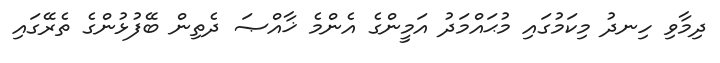
ދިމާވި ހިނދު މިކަމުގައި މުޙައްމަދު އަމީންގެ އެންމެ ޚާއްޞަ ދެތިން ބޭފުޅުންގެ ތެރޭގައި